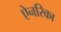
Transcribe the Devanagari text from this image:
ऐनरिका